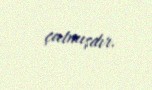
çatmışdır.